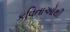
કવિતાઓથી